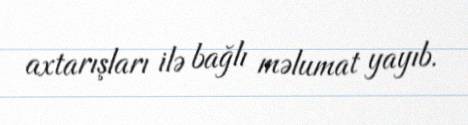
axtarışları ilə bağlı məlumat yayıb.